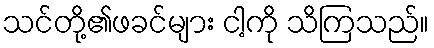
သင်တို့၏ဖခင်များ ငါ့ကို သိကြသည်။